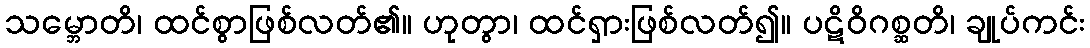
သမ္ဘောတိ၊ ထင်စွာဖြစ်လတ်၏။ ဟုတွာ၊ ထင်ရှားဖြစ်လတ်၍။ ပဋိဝိဂစ္ဆတိ၊ ချုပ်ကင်း